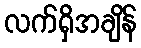
လက်ရှိအချိန်